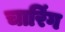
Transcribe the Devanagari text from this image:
चारिंग